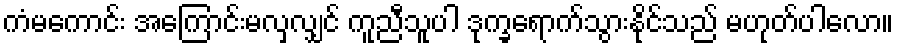
ကံမကောင်း အကြောင်းမလှလျှင် ကူညီသူပါ ဒုက္ခရောက်သွားနိုင်သည် မဟုတ်ပါလော။